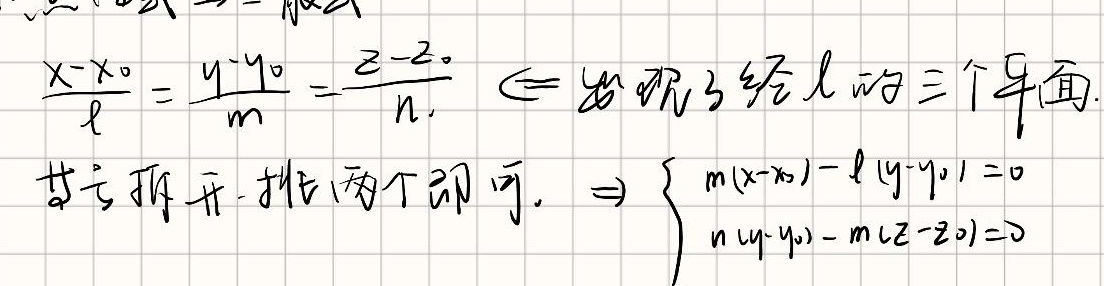
点向式→一般式
\(\frac{x - x_0}{l}=\frac{y - y_0}{m}=\frac{z - z_0}{n}\Leftarrow出现了经l的三个平面.\\
其式拆开，挑出两个即可. \Rightarrow\begin{cases}m(x - x_0)-l(y - y_0)=0\\n(y - y_0)-m(z - z_0)=0\end{cases}\)